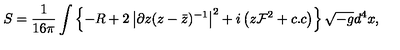
S = \frac { 1 } { 1 6 \pi } \int \left\{ - R + 2 \left| \partial z ( z - { \bar { z } } ) ^ { - 1 } \right| ^ { 2 } + i \left( z { \cal F } ^ { 2 } + c . c \right) \right\} \sqrt { - g } d ^ { 4 } x ,